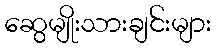
ဆွေမျိုးသားချင်းများ